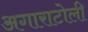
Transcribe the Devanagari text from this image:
अगाराटोली